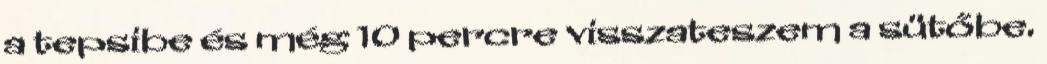
a tepsibe és még 10 percre visszateszem a sütőbe.